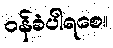
ဝန်ခံပါရစေ။